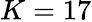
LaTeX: K=17